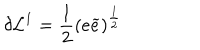
\delta \mathcal { L } ^ { 1 } = \frac { 1 } { 2 } \left( e \widetilde { e } \right) ^ { \frac { 1 } { 2 } }